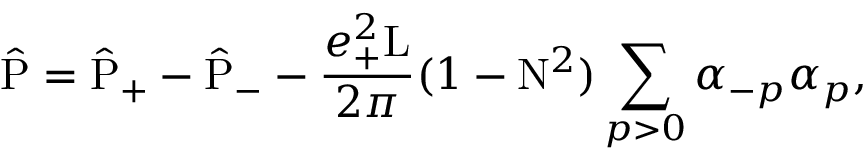
\hat { \mathrm { P } } = \hat { \mathrm { P } } _ { + } - \hat { \mathrm { P } } _ { - } - \frac { e _ { + } ^ { 2 } \mathrm { L } } { 2 \pi } ( 1 - \mathrm { N } ^ { 2 } ) \sum _ { p > 0 } { \alpha } _ { - p } { \alpha } _ { p } ,